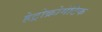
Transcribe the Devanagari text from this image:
हेट्रोक्रोमेटिक